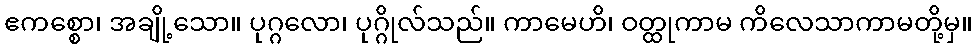
ဧကစ္စော၊ အချို့သော။ ပုဂ္ဂလော၊ ပုဂ္ဂိုလ်သည်။ ကာမေဟိ၊ ဝတ္ထုကာမ ကိလေသာကာမတို့မှ။